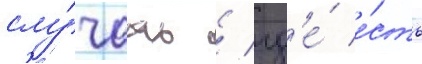
слу́чаах / гд'е́ е́сть